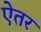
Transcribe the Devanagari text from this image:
ऐतर